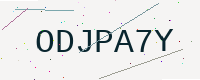
Text: ODJPA7Y